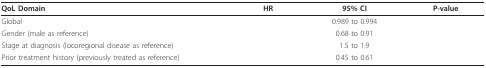
<table><thead><tr><td><b>QoL Domain</b></td><td><b>HR</b></td><td><b>95% CI</b></td><td><b>P-value</b></td></tr></thead><tbody><tr><td>Global</td><td>[EMPTY_CELL]</td><td>0.989 to 0.994</td><td>[EMPTY_CELL]</td></tr><tr><td>Gender (male as reference)</td><td>[EMPTY_CELL]</td><td>0.68 to 0.91</td><td>[EMPTY_CELL]</td></tr><tr><td>Stage at diagnosis (locoregional disease as reference)</td><td>[EMPTY_CELL]</td><td>1.5 to 1.9</td><td>[EMPTY_CELL]</td></tr><tr><td>Prior treatment history (previously treated as reference)</td><td>[EMPTY_CELL]</td><td>0.45 to 0.61</td><td>[EMPTY_CELL]</td></tr></tbody></table>